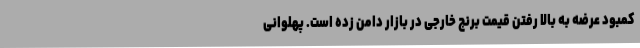
کمبود عرضه به بالا رفتن قیمت برنج خارجی در بازار دامن زده است. پهلوانی